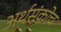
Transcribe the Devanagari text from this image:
अर्थसंकोच